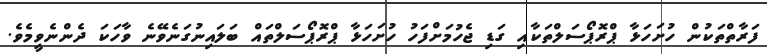
ފަރާތްތަކުން ހުށަހަޅާ ޕްރޮޕޯސަލްތަކާއި ގަޑި ޖެހުމަށްފަހު ހުށަހަޅާ ޕްރޮޕޯސަލްތައް ބަލައިނުގަނެވޭނެ ވާހަކަ ދެންނެވީމެވެ.